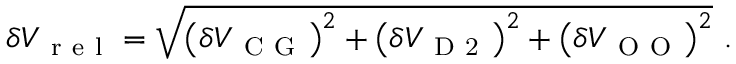
\delta V _ { \mathrm { ~ r ~ e ~ l ~ } } = \sqrt { \left( \delta V _ { \mathrm { ~ C ~ G ~ } } \right) ^ { 2 } + \left( \delta V _ { \mathrm { ~ D ~ 2 ~ } } \right) ^ { 2 } + \left( \delta V _ { \mathrm { ~ O ~ O ~ } } \right) ^ { 2 } } \ .